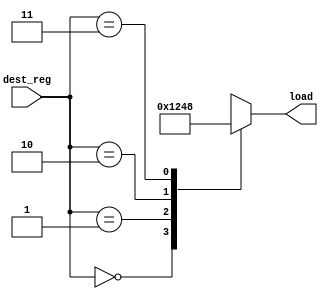
`timescale 1ns / 1ps
//////////////////////////////////////////////////////////////////////////////////
// Company: 
// Engineer: 
// 
// Design Name: 
// Module Name: decoder_2_to_4
// Project Name: 
// Target Devices: 
// Tool Versions: 
// Description: 
// 
// Dependencies: 
// 
// Revision:
// Revision 0.01 - File Created
// Additional Comments:
// 
//////////////////////////////////////////////////////////////////////////////////


module decoder_2_to_4(
    input [1:0] dest_reg,
    output reg [3:0] load
    );
    
    always @ (*)  begin
        case (dest_reg)
            0: load <= 1;
            1: load <= 2;
            2: load <= 4;
            3: load <= 8;
        endcase
    end
endmodule